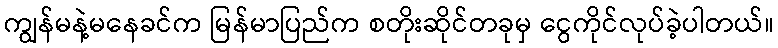
ကျွန်မနဲ့မနေခင်က မြန်မာပြည်က စတိုးဆိုင်တခုမှ ငွေကိုင်လုပ်ခဲ့ပါတယ်။